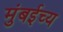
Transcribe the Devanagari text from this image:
मुंबईच्य